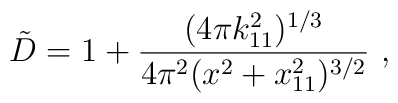
{\tilde D}=1+{(4\pi k_{11}^2)^{1/3} \over 4\pi^2(x^2+x_{11}^2)^{3/2}} \ ,